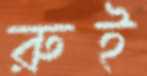
রুই